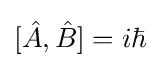
[{\hat {A}},{\hat {B}}]=i\hbar